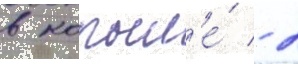
в копыл'е́ - 2